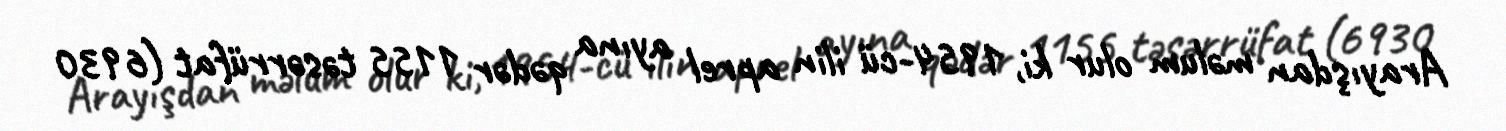
Arayışdan məlum olur ki, 1954-cü ilin aprel ayına qədər 1155 təsərrüfat (6930